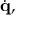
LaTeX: { \dot { \mathbf { q } } } ,